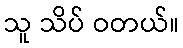
သူ သိပ် ဝတယ်။